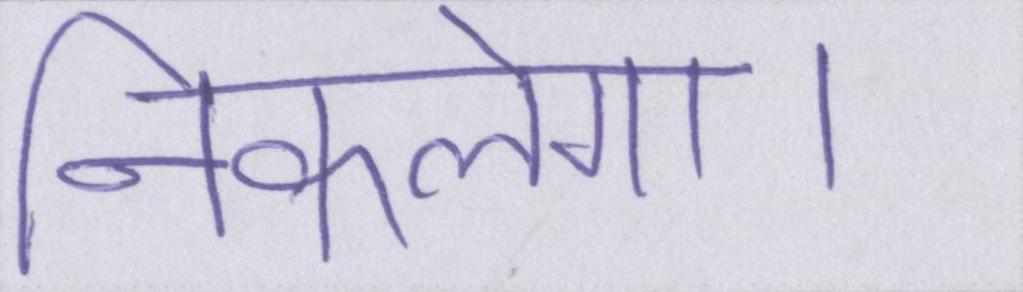
निकलेगा।